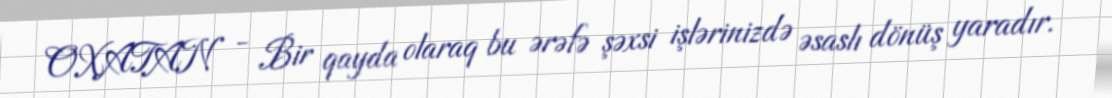
OXATAN - Bir qayda olaraq bu ərəfə şəxsi işlərinizdə əsaslı dönüş yaradır.